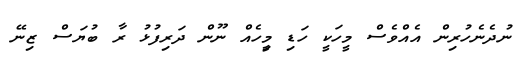
ނުދެނެހުރިން އެއްވެސް މީހަކީ ހަޑި މީިހެއް ނޫން ދަރިފުޅު ރާ ބުޔަސް ޒިނޭ